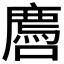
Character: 𫬅